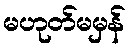
မဟုတ်မမှန်